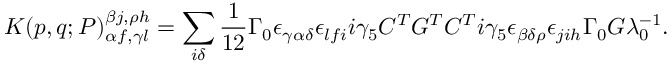
K ( p , q ; P ) _ { \alpha f , \gamma l } ^ { \beta j , \rho h } = \sum _ { i \delta } \frac { 1 } { 1 2 } \Gamma _ { 0 } \epsilon _ { \gamma \alpha \delta } \epsilon _ { l f i } i \gamma _ { 5 } C ^ { T } G ^ { T } C ^ { T } i \gamma _ { 5 } \epsilon _ { \beta \delta \rho } \epsilon _ { j i h } \Gamma _ { 0 } G \lambda _ { 0 } ^ { - 1 } .